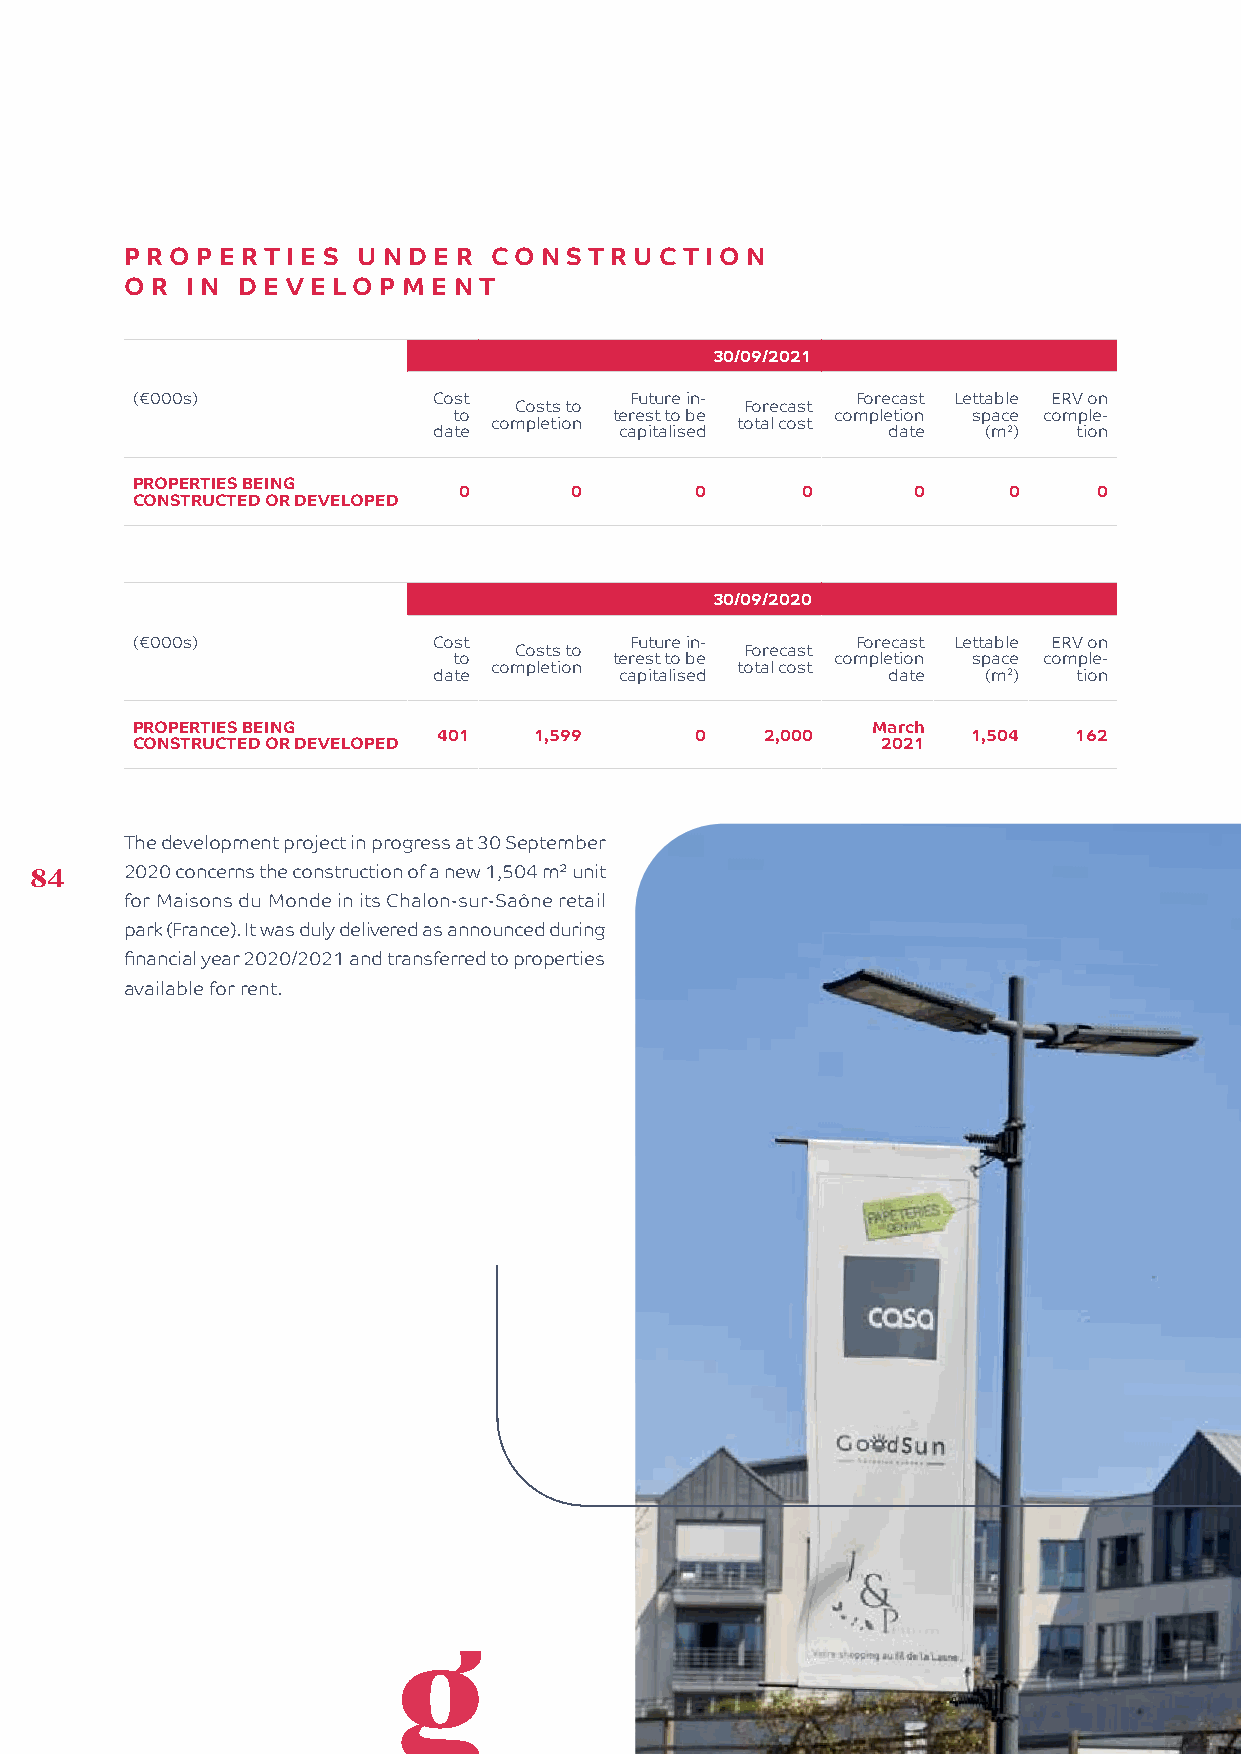
PROP  ERTIES    UNDER   CO  NSTRUC   TIO N
 OR  IN  DEVELOPM     ENT
 30/09/2021
 (€000s)             Cost         Future in-     Forecast Lettable ERV on
 Costs to       Forecast
 to         terest to be  completion space comple-
 completion      total cost
 date        capitalised       date  (m2)  tion
 PROPERTIES BEING
 0       0       0      0      0      0     0
 CONSTRUCTED OR DEVELOPED
 30/09/2020
 (€000s)             Cost         Future in-     Forecast Lettable ERV on
 Costs to       Forecast
 to         terest to be  completion space comple-
 completion      total cost
 date        capitalised       date  (m2)  tion
 PROPERTIES BEING                                 March
 401   1,599      0    2,000        1,504  162
 CONSTRUCTED OR DEVELOPED                         2021
 The development project in progress at 30 September
 84    2020 concerns the construction of a new 1,504 m² unit
 for Maisons du Monde in its Chalon-sur-Saône retail
 park (France). It was duly delivered as announced during
 financial year 2020/2021 and transferred to properties
 available for rent.